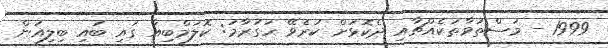
1999 - މަސްތުވާތަކެއްޗާއި ދެކޮޅަށް ކުރެވޭ ހަގުރާމަ: ކޮލަމްބިއާ ގައި ބައި ބިލިއަން